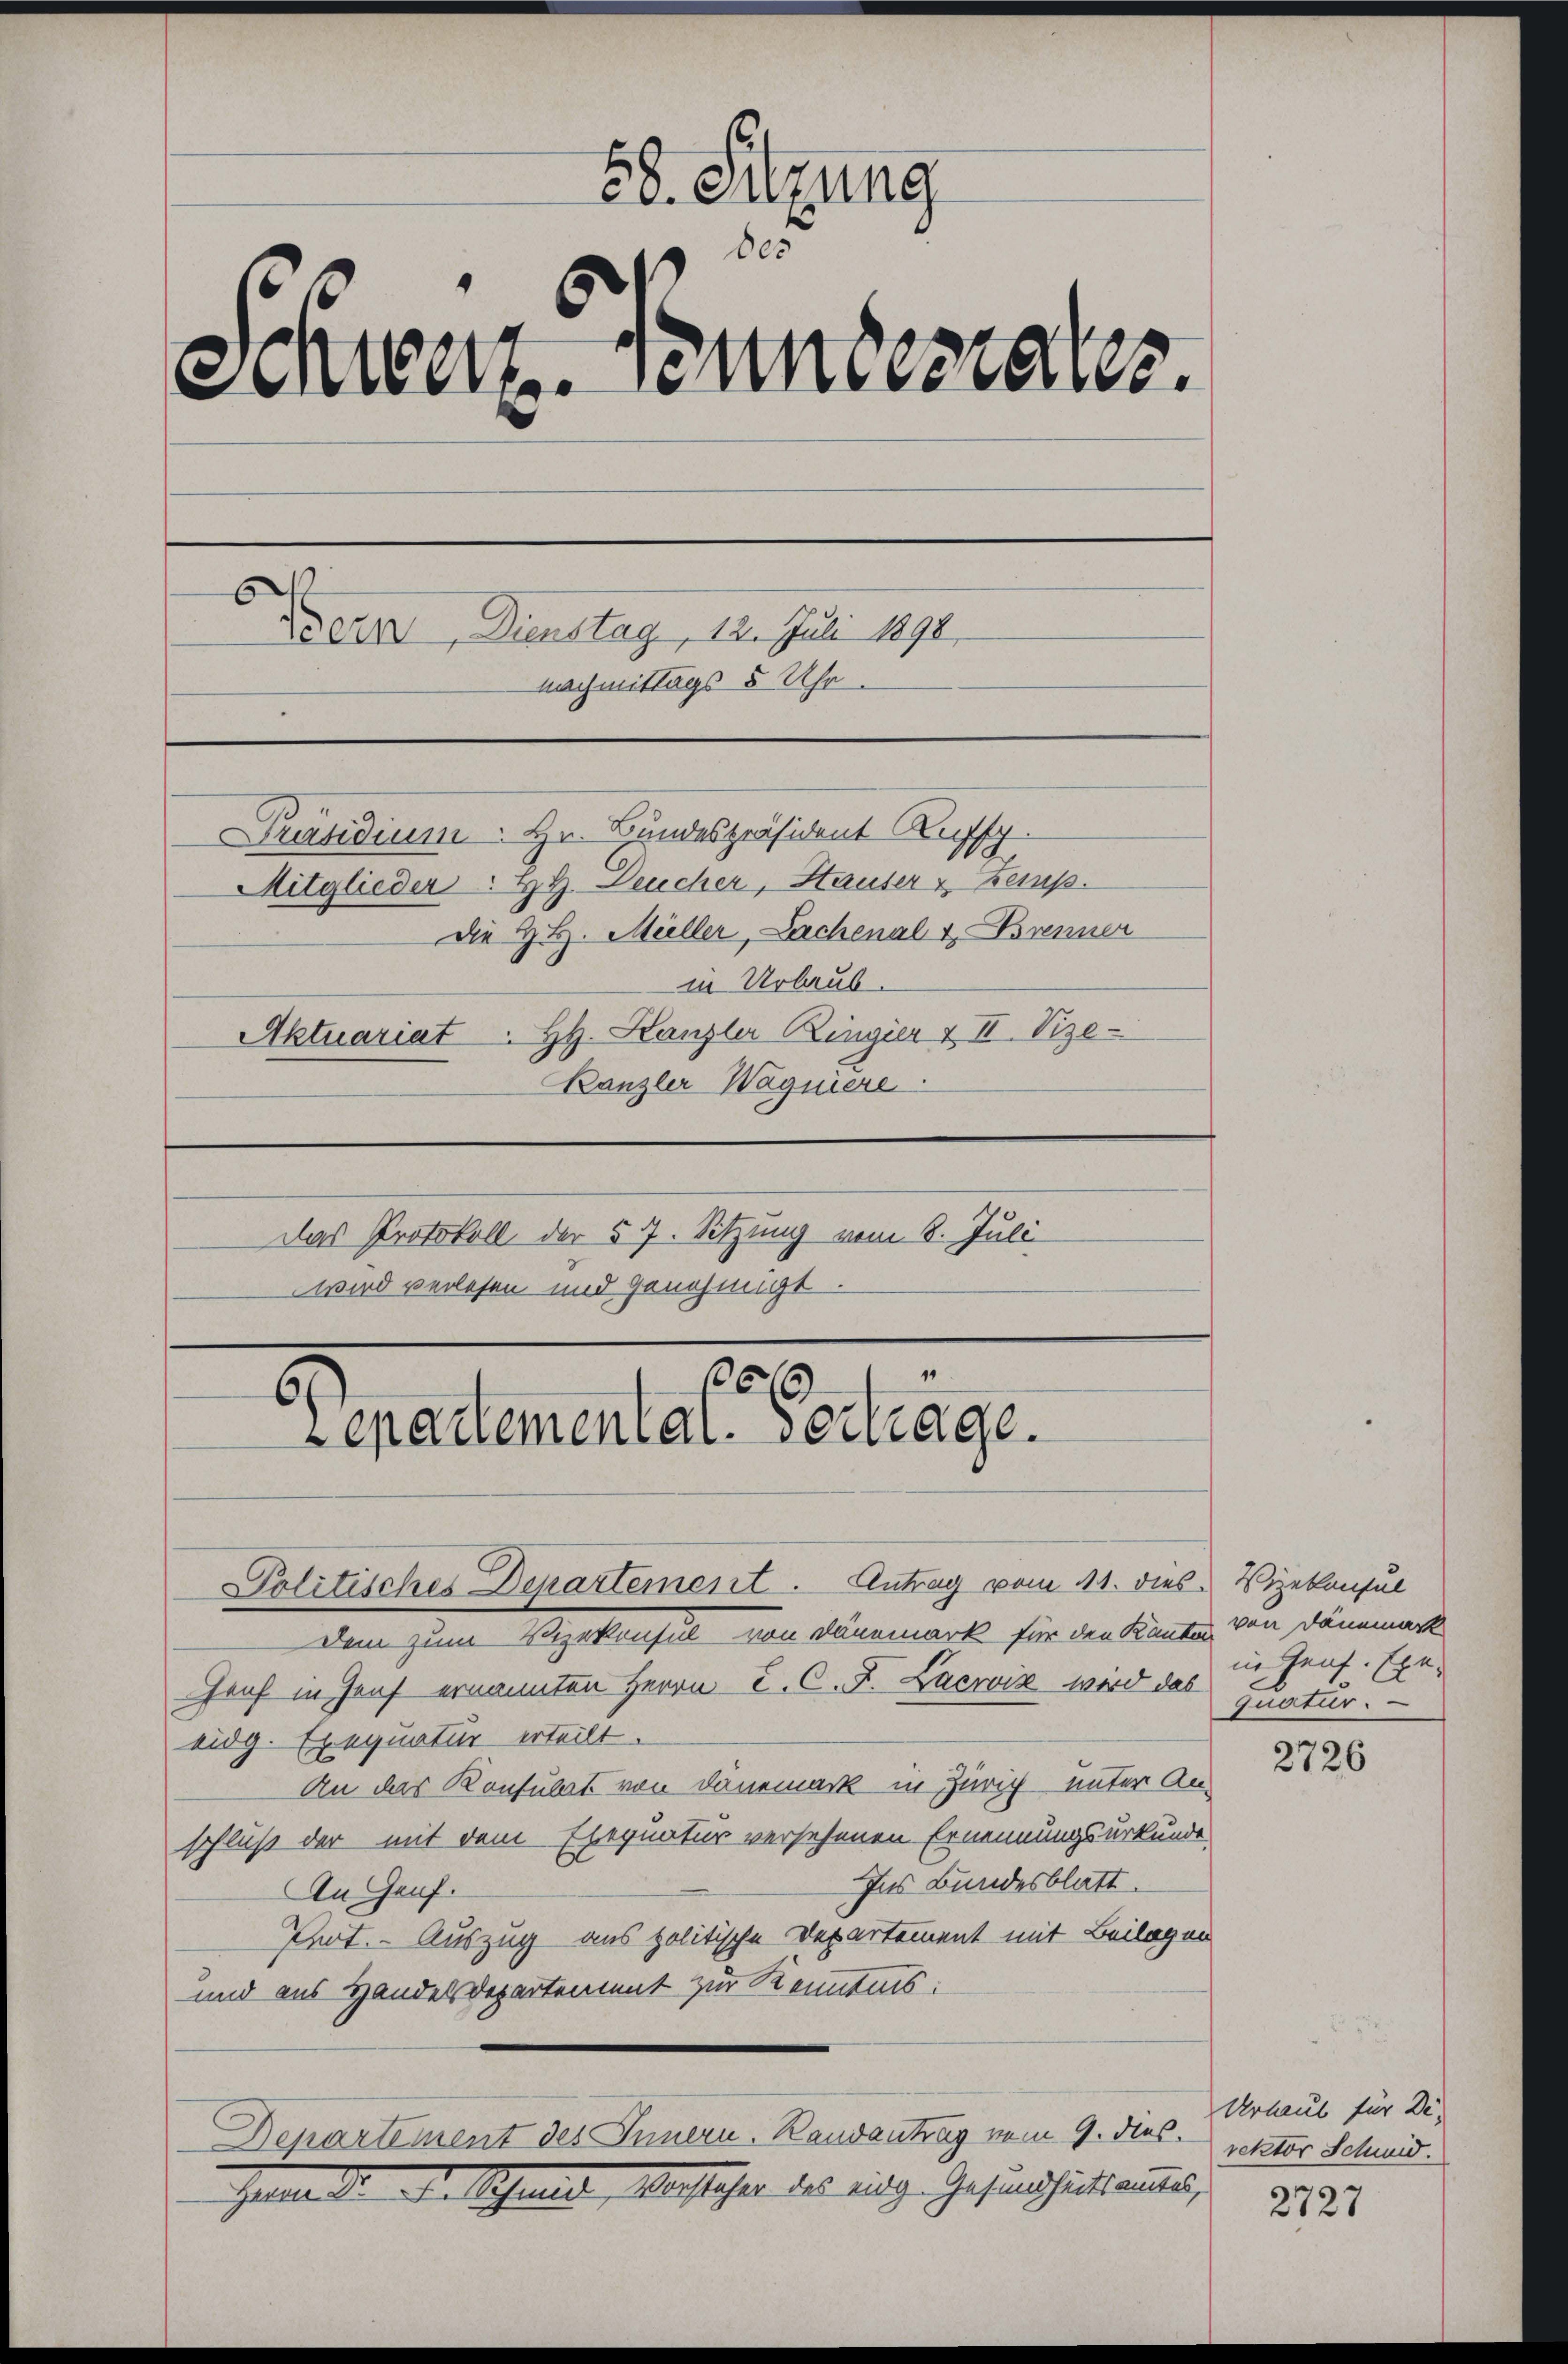
58. Sitzung
85
Schwert eines aus
Isern, Dienstag, 12. Juli 1890.
Nachmittags 8 Uhr.
Präsidium. Hr. Bundespräsident Rufsch
Mitglieder: Hr. Leucher, Hauser & Zemp.
Die H. H. Müller, Sachenal & Brenner
in Urlaub.
Aktuariat " HH. Kanzler Ringier & II. Vize-
Kanzler Wagniere
Das Protokoll der 57. Sitzung vom 8. Juli
wird verlesen und genehmigt

20
Separtemental. vertrage.

Politisches Departement. Antrag vom 14. dies Vizekonsul

Dem Eine Begehrersel den Germark für den Becken von Dämmen
Graf in Genf ernannten Herrn C. C. J. Lacroix wird das Quatur.
eidg. Exequatur erteilt.
An das Konsulat von Dänemark in Zürich unter An-
schluß der mit dem Exequatur versehenen Ernennungsurkunde,
Ins Bundesblatt.
An Genf.
Prot. - Auszug aus politische Departement mit Beilagen
und aus Handelsdepartement zur Kenntnis:
Departement des Innern. Randantrag vom 9. dies.
Heere de der Schmer, Musteher des eidg. Gesundheitsammes,

in Genf. Exe¬

2726

Urhaut für Direktor Schwid.

2727